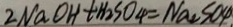
2 N a O H + H _ { 2 } S O _ { 4 } = N a _ { 2 } S O 4